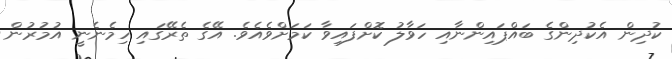
ކުދިން އެކުދިންގެ ބައްޕައިންނާއި ހަވާލު ކޮށްފައިވާ ކަމަށްވެއެވެ. އޭގެ ތެރޭގައި ހިމެނެނީ އުމުރުން